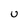
Character: U